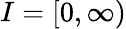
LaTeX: I=[0,\infty)